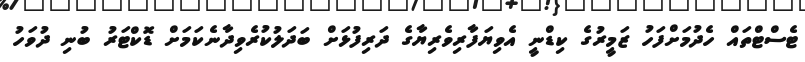
ޓެސްޓްތައް ހެދުމަށްފަހު ޒަމީރުގެ ކިޑްނީ އެވިޔަފާރިވެރިޔާގެ ދަރިފުޅަށް ބަދަލުކުރެވިދާނެކަމަށް ޑޮކްޓަރު ބުނި ދުވަހު